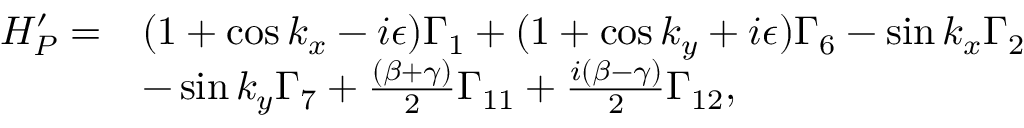
\begin{array} { r l } { H _ { P } ^ { \prime } = } & { ( 1 + \cos k _ { x } - i \epsilon ) \Gamma _ { 1 } + ( 1 + \cos k _ { y } + i \epsilon ) \Gamma _ { 6 } - \sin k _ { x } \Gamma _ { 2 } } \\ & { - \sin k _ { y } \Gamma _ { 7 } + \frac { ( \beta + \gamma ) } { 2 } \Gamma _ { 1 1 } + \frac { i ( \beta - \gamma ) } { 2 } \Gamma _ { 1 2 } , } \end{array}